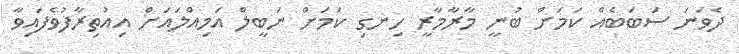
ދެވަނަ ސަބަބެއް ކަމަށް ބުނީ މާރާމާރީ ހިނގި ކަމަށް ނަބީލް އަމިއްލައަށް އިއުތިރާފުވެފައިވާ